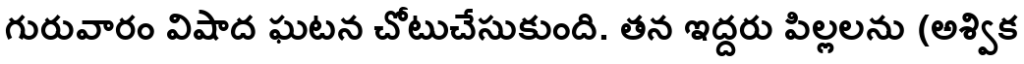
గురువారం విషాద ఘటన చోటుచేసుకుంది. తన ఇద్దరు పిల్లలను (అశ్విక